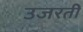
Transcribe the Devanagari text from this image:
उजरती